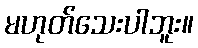
မဟုတ်သေးပါဘူး။